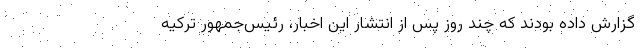
گزارش داده بودند که چند روز پس از انتشار این اخبار، رئیس‌جمهور ترکیه